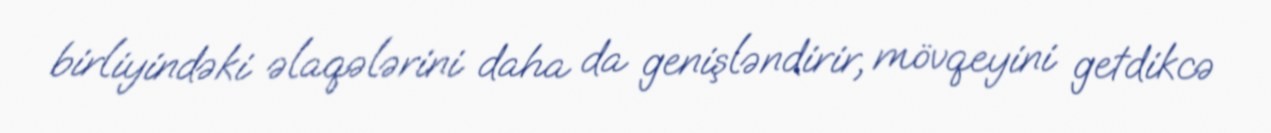
birliyindəki əlaqələrini daha da genişləndirir, mövqeyini getdikcə